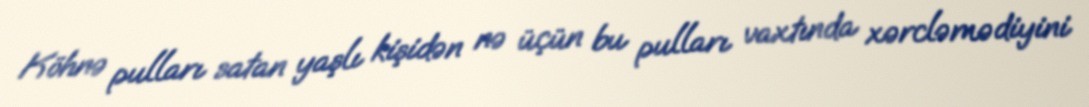
Köhnə pulları satan yaşlı kişidən nə üçün bu pulları vaxtında xərcləmədiyini